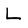
Character: L